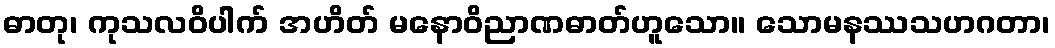
ဓာတု၊ ကုသလဝိပါက် အဟိတ် မနောဝိညာဏဓာတ်ဟူသော။ သောမနဿသဟဂတာ၊